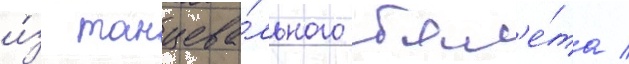
и́з танцева́льного бал'е́та /